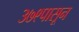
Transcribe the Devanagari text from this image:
३७९पासून